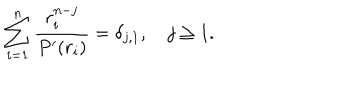
LaTeX: \sum _ { i = 1 } ^ { n } { \frac { r _ { i } ^ { n - j } } { P ^ { \prime } ( r _ { i } ) } } = \delta _ { j , 1 } , \quad j \geq 1 .